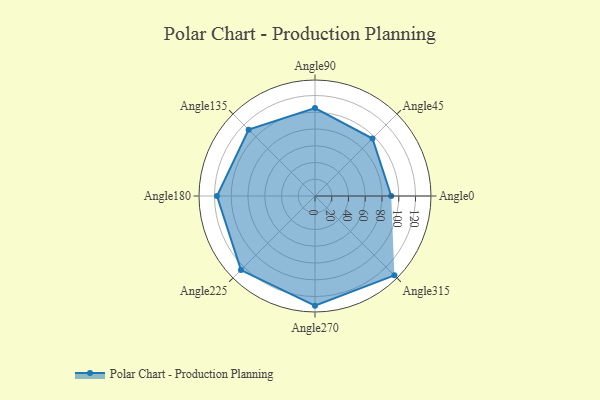
{"axis": {"x": "Angle", "y": "Radius"}, "legend": [""], "data": [{"x": "Angle0", "y": 91.0, "type": ""}, {"x": "Angle45", "y": 97.0, "type": ""}, {"x": "Angle90", "y": 105.0, "type": ""}, {"x": "Angle135", "y": 112.0, "type": ""}, {"x": "Angle180", "y": 117.0, "type": ""}, {"x": "Angle225", "y": 125.0, "type": ""}, {"x": "Angle270", "y": 131.0, "type": ""}, {"x": "Angle315", "y": 134.0, "type": ""}]}